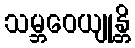
သမ္ဘဝေယျုန္တိ